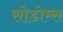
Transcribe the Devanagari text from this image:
सोडोम्स